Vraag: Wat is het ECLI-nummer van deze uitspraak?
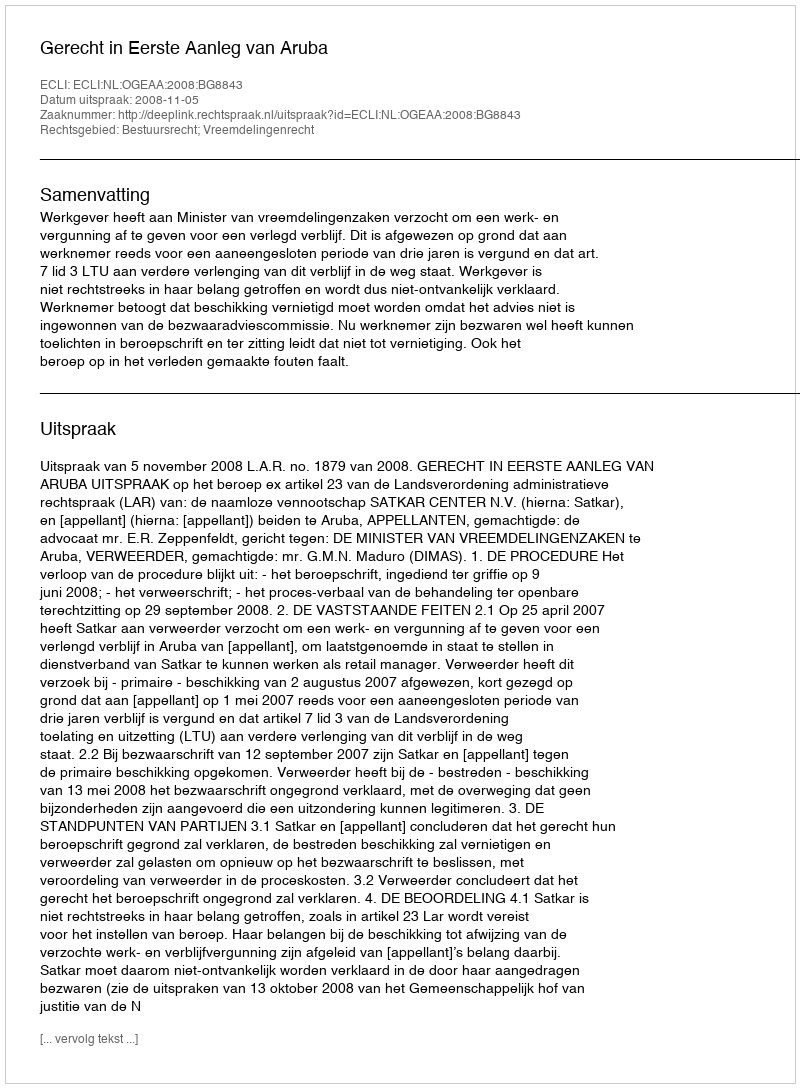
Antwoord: ECLI:NL:OGEAA:2008:BG8843